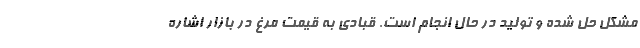
مشکل حل شده و تولید در حال انجام است. قبادی به قیمت مرغ در بازار اشاره